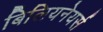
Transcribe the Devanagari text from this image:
बिलियनेयर्स